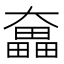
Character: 𡚗